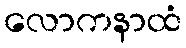
လောကနာထံ